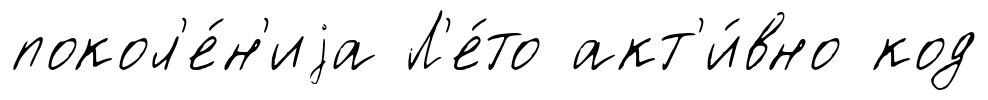
покол'е́н'иjа Л'е́то акт'и́вно код